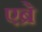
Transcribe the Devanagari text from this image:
एब्रे